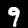
Digit: 9